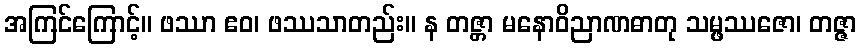
အကြင်ကြောင့်။ ဖဿာ ဧဝ၊ ဖဿသာတည်း။ န တဇ္တာ မနောဝိညာဏဓာတု သမ္ဖဿဇော၊ တဇ္ဇာ